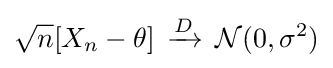
{{\sqrt {n}}[X_{n}-\theta ]\,\xrightarrow {D} \,{\mathcal {N}}(0,\sigma ^{2})}